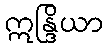
ဣန္ဒြိယာ